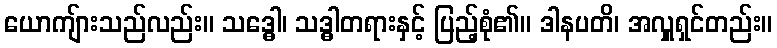
ယောကျ်ားသည်လည်း။ သဒ္ဓေါ၊ သဒ္ဓါတရားနှင့် ပြည့်စုံ၏။ ဒါနပတိ၊ အလှူရှင်တည်း။